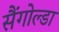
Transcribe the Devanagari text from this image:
सैंगोल्डा